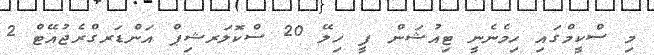
މި ސްކީމްގައި ހިމެނެނީ ޓިއުޝަން ފީ ހިލޭ 20 ސްކޮލަރޝިޕް އަންޑަރގްރެޖުއޭޓް 2